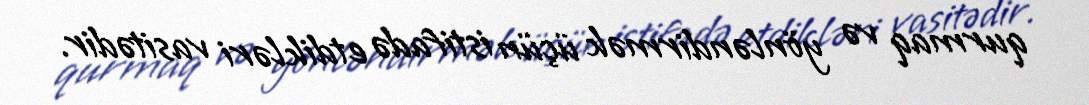
qurmaq və yönləndirmək üçün istifadə etdikləri vasitədir.